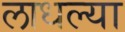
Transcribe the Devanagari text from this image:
लाधल्या